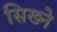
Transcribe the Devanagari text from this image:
सिख्ने